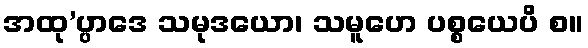
အထု’ပ္ပာဒေ သမုဒယော၊ သမူဟေ ပစ္စယေပိ စ။